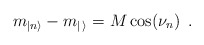
\begin{align*}m_{|n\rangle }-m_{|\, \rangle }=M\cos (\nu _{n})\, \, \, .\end{align*}